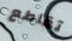
تقاطع